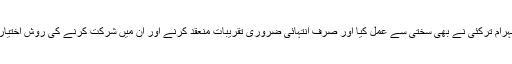
پرویز خٹک کی قائم کردہ اس شاندار روایت پر وزیر صحت محترم شہرام ترکئی نے بھی سختی سے عمل کیا اور صرف انتہائی ضروری تقریبات منعقد کرنے اور ان میں شرکت کرنے کی روش اختیار کی جس کی وجہ سے ترقی اشتہارات کی بجائے ہسپتالوں میں ہوئی۔